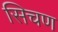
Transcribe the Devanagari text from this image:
सिचण